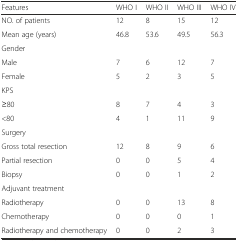
<table><thead><tr><td><b>Features</b></td><td><b>WHO I</b></td><td><b>WHO II</b></td><td><b>WHO III</b></td><td><b>WHO IV</b></td></tr></thead><tbody><tr><td>NO. of patients</td><td>12</td><td>8</td><td>15</td><td>12</td></tr><tr><td>Mean age (years)</td><td>46.8</td><td>53.6</td><td>49.5</td><td>56.3</td></tr><tr><td>Gender</td><td></td><td></td><td></td><td></td></tr><tr><td>Male</td><td>7</td><td>6</td><td>12</td><td>7</td></tr><tr><td>Female</td><td>5</td><td>2</td><td>3</td><td>5</td></tr><tr><td>KPS</td><td></td><td></td><td></td><td></td></tr><tr><td>≥80</td><td>8</td><td>7</td><td>4</td><td>3</td></tr><tr><td>&lt;80</td><td>4</td><td>1</td><td>11</td><td>9</td></tr><tr><td>Surgery</td><td></td><td></td><td></td><td></td></tr><tr><td>Gross total resection</td><td>12</td><td>8</td><td>9</td><td>6</td></tr><tr><td>Partial resection</td><td>0</td><td>0</td><td>5</td><td>4</td></tr><tr><td>Biopsy</td><td>0</td><td>0</td><td>1</td><td>2</td></tr><tr><td>Adjuvant treatment</td><td></td><td></td><td></td><td></td></tr><tr><td>Radiotherapy</td><td>0</td><td>0</td><td>13</td><td>8</td></tr><tr><td>Chemotherapy</td><td>0</td><td>0</td><td>0</td><td>1</td></tr><tr><td>Radiotherapy and chemotherapy</td><td>0</td><td>0</td><td>2</td><td>3</td></tr></tbody></table>